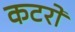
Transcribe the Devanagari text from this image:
कटरों